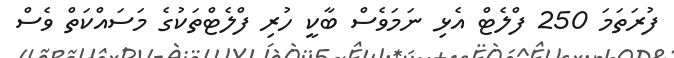
ފުރަތަމަ 250 ފްލެޓް އެޅި ނަމަވެސް ބާކީ ހުރި ފްލެޓްތަކުގެ މަސައްކަތް ވެސް